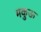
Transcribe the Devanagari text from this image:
मकुऊ